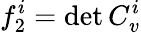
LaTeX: f_{2}^{i}=\operatorname*{det}C_{v}^{i}